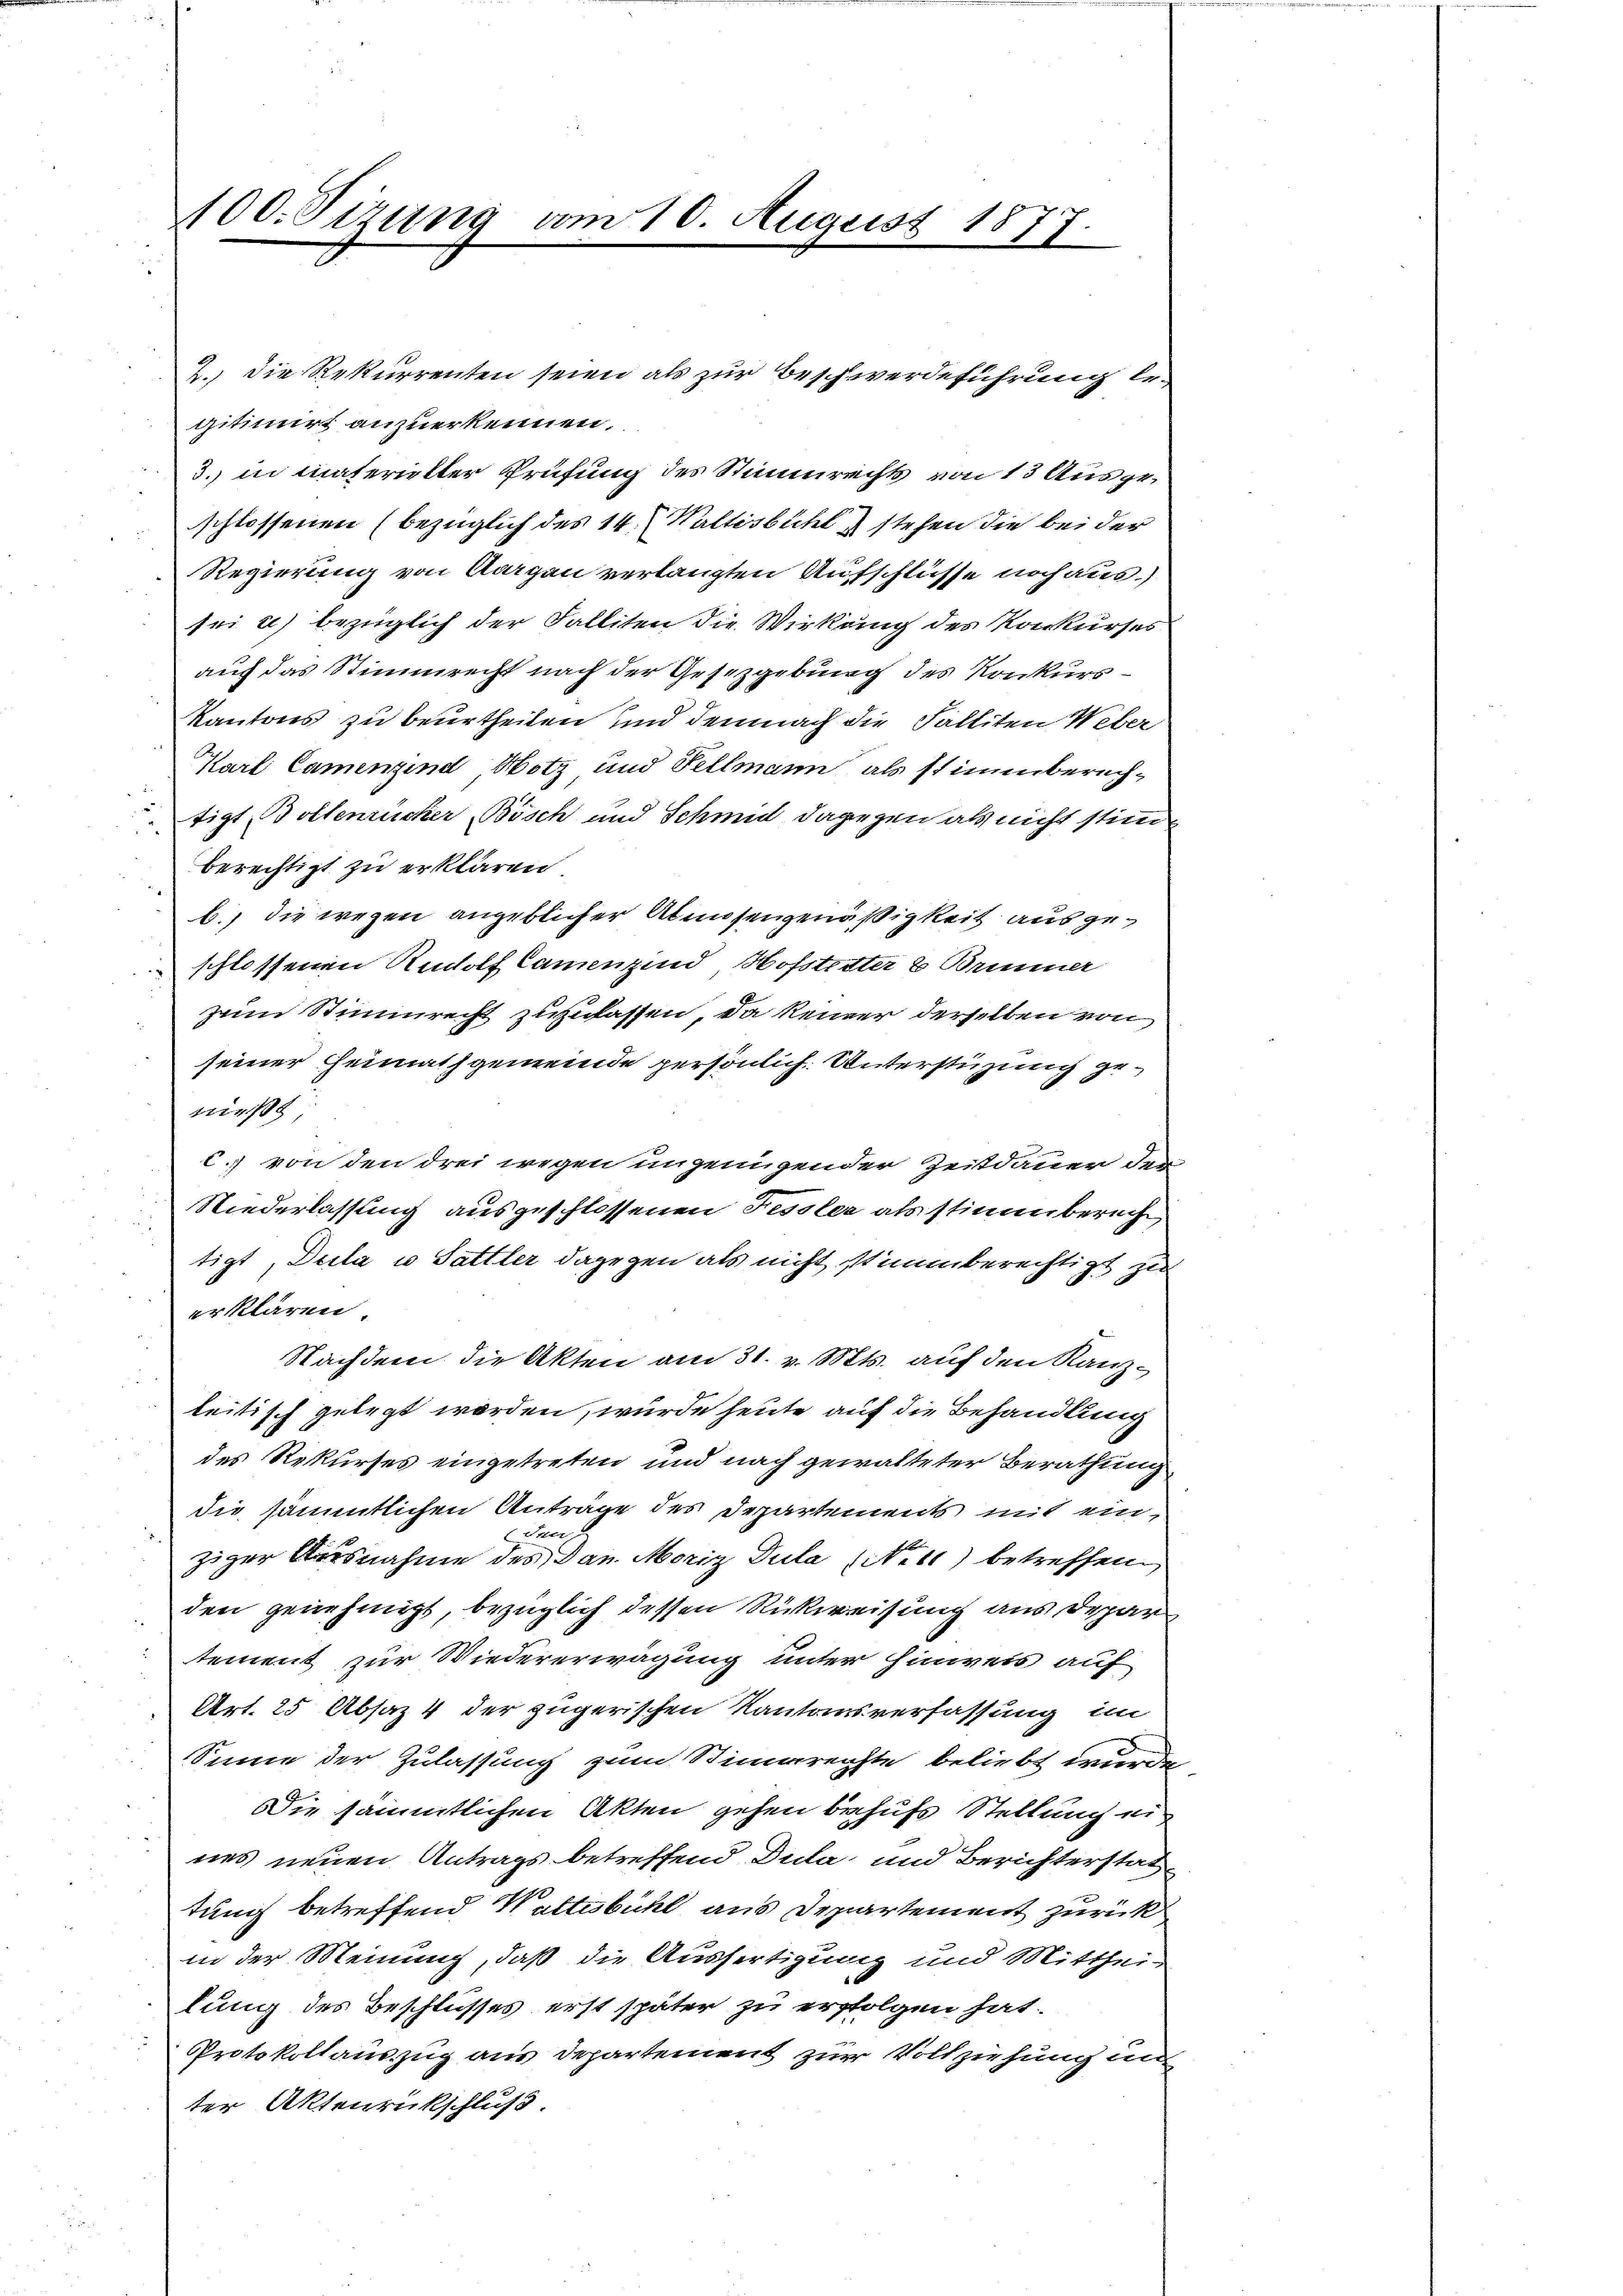
d

100. Sizung vom 10. August 1877.

gitimirt anzuerkennen.
3. in materieller Prüfung des Stimmrechts von 13 Ausgeschlossenen (bezüglich des 14. Waltisbühl & stehen die bei der
Regierung von Aargau verlangten Aufschlüsse noch aus.)
sei u bezüglich der Falliten die Wirkung des Konkurses
auf das Stimmrecht nach der Gesetzgebung des Konkurskantons zu beurtheilen und demnach die Falliten Weber
Karl Camenzind Hotz und Fellmann als stimmberechtigt Bollenrücker Bösch und Schmid dagegen als nicht stim
berechtigt zu erklären
b.) die wegen angeblicher Almosengenäßigkeit ausgeschlossenen Rudolf Camenzind, Hofstetter 2 Brimmer
zum Stimmrecht zuzulassen, da keiner derselben von
seiner Heimathgemeinde persönlich. Unterstüzung genieß
c.) von den drei wegen ungenügender Zeitdauer der
Niederlassung ausgeschlossenen Fessler als stimmberecht
tigt, Deila u Sattler dagegen als nicht stimmberechtigt zu
erklären.
Nachdem die Akten am 31. v. Mts. auf den Kanzleitisch gelegt werden, wurde heute auf die Behandlung
des Rekurses eingetreten und nach gewalteter Berathung
die sämmtlichen Anträge des Departements mit ein

ziger Ausnahme des Dan Moriz Dula (No 10) betreffen.
den genehmigt, bezüglich dessen Rückweisung aus Depar
tement zur Wiedererwägung unter hinweis auf
Art. 25 Absaz 4 der zugerischen Kantonsverfassung im
Sinne der Zulassung zum Stimmrechte beliebt wurde,
Die sämmtlichen Akten gehen behufs Stellung ei
nes neuen Antrags betreffend Dula und Berichterstattung betreffend Waltesbühl aus Departement zurück
in der Meinung, daß die Ausfertigung und Mittheilung des Beschlusses erst später zu erfolgen hat.
Protokollauszug aus Departement zur Vollziehung und
ter Aktenrückschluß.

2.) Die Rekurrenten seien als zur Beschwerdeführung be¬